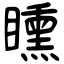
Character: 矄